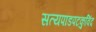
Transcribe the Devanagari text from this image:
सत्यपांडपटकुविंद